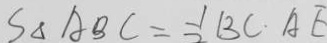
S _ { \Delta A B C } = \frac { 1 } { 2 } B C \cdot A E